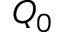
Q _ { 0 }